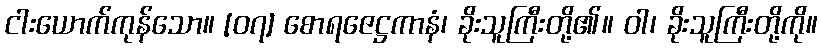
ငါးယောက်ကုန်သော။ [၀၇] စောရဇေဋ္ဌကာနံ၊ ခိုးသူကြီးတို့၏။ ဝါ၊ ခိုးသူကြီးတို့ကို။